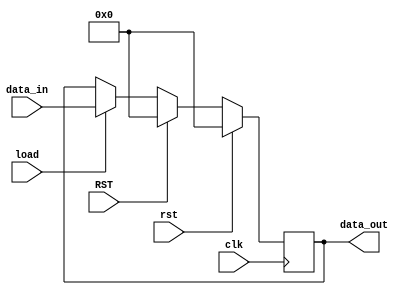
`timescale 1ns / 1ps
//////////////////////////////////////////////////////////////////////////////////

module PIPOAM1(data_out,
             clk,
             data_in,
             rst,
             load,
             RST);
             
parameter acc_width=16;  // width of accumulator 

output reg[acc_width-1:0] data_out;
input[acc_width-1:0] data_in;  
input clk,
      rst,
      load,
      RST;
always @(posedge clk)
begin
 if(rst)
  data_out<= #3 16'b0;
 else if(RST)
  data_out<= #3 16'b0;
 else if(load)
  data_out<= #3 data_in; 
end                       
endmodule